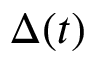
\Delta ( t )